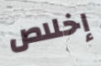
إخلاص